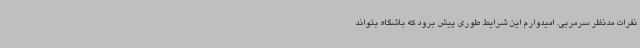
نفرات مدنظر سرمربی. امیدوارم این شرایط طوری پیش برود که باشگاه بتواند